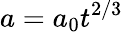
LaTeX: a=a_{0}t^{2/3}